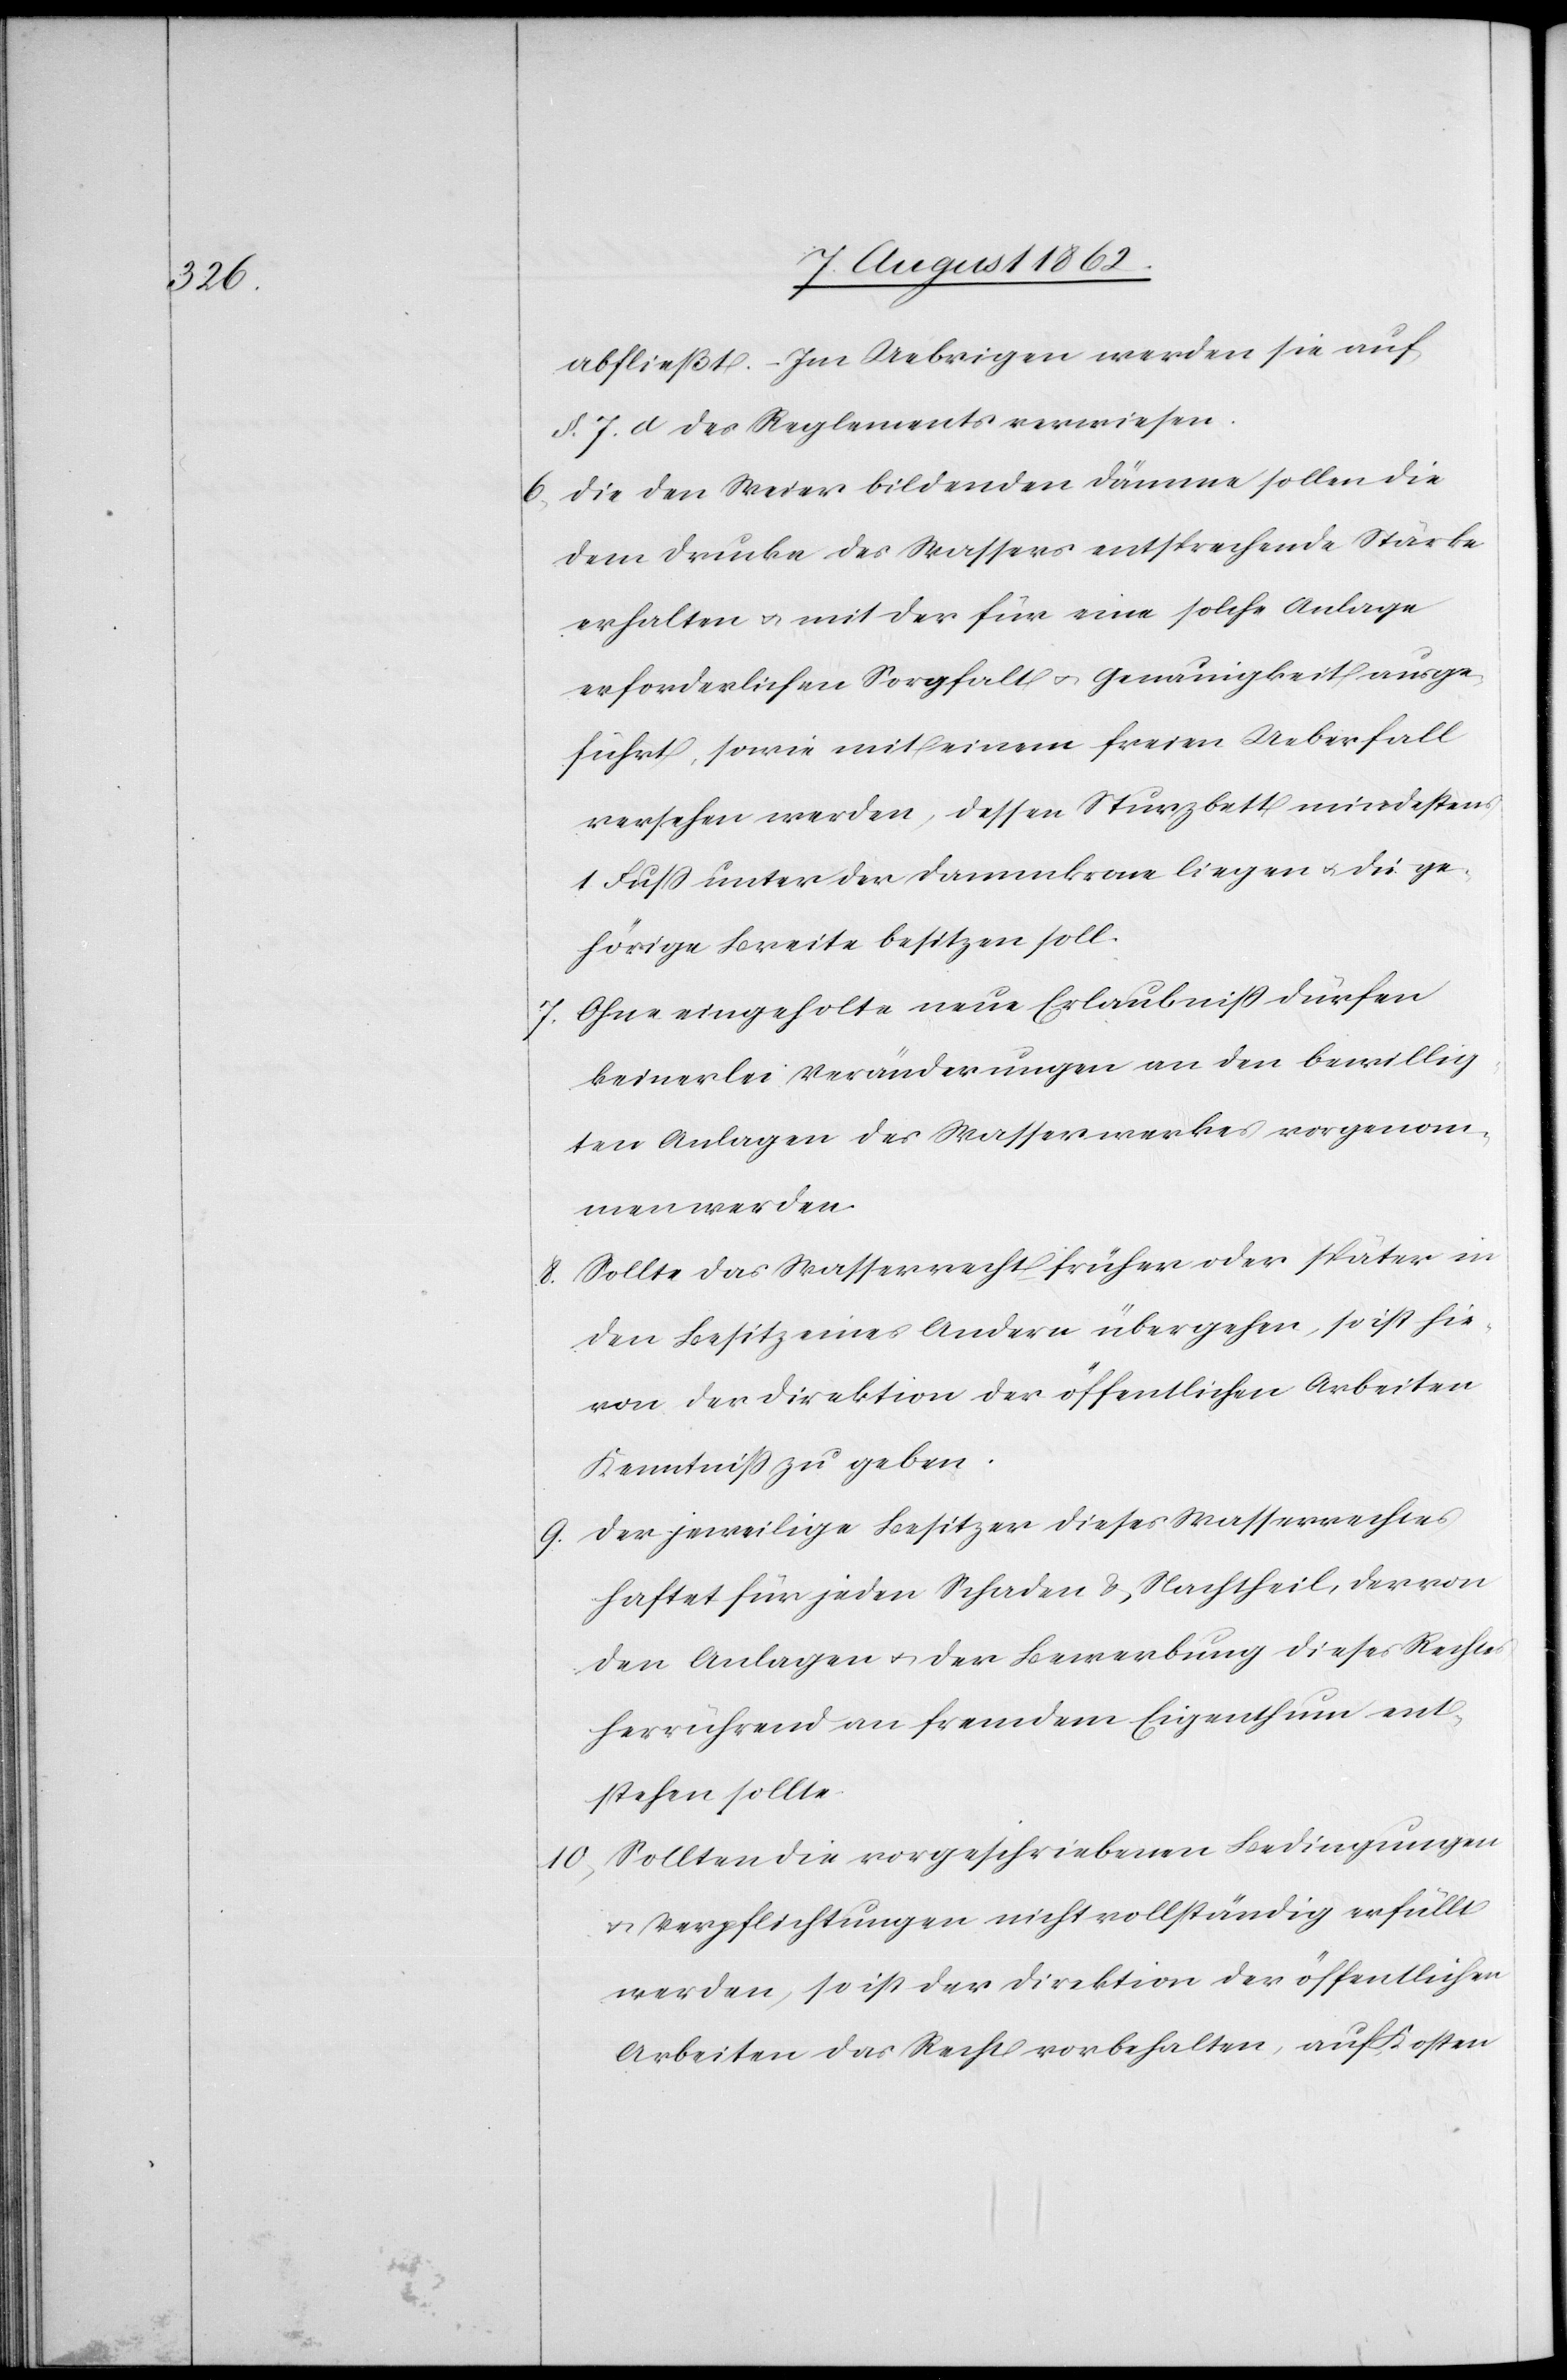
abfließt. Im Uebrigen werden sie auf
§. 7. d des Reglements verwiesen.
6. Die den Weier bildenden Dämme sollen die
dem Drucke des Wassers entsprechende Stärke
erhalten u. mit der für eine solche Anlage
erforderlichen Sorgfalt u. Genauigkeit ausge¬
führt, sowie mit einem freien Ueberfall
versehen werden, dessen Sturzbett mindestens
1 Fuß unter der Dammkrone liegen u. die ge¬
hörige Breite besitzen soll.
7. Ohne eingeholte neue Erlaubniß dürfen
keinerlei Veränderungen an den bewillig¬
ten Anlagen des Wasserwerkes vorgenom¬
men werden.
8. Sollte das Wasserrecht früher oder später in
den Besitz eines Andern übergehen, so ist hie¬
von der Direktion der öffentlichen Arbeiten
Kenntniß zu geben.
9. Der jeweilige Besitzer dieses Wasserrechtes
haftet für jeden Schaden u. Nachtheil, der von
den Anlagen u. der Bewerbung dieses Rechtes
herrührend an fremdem Eigenthum ent¬
stehen sollte.
10. Sollten die vorgeschriebene Bedingungen
u. Verpflichtungen nicht vollständig erfüllt
werden, so ist der Direktion der öffentlichen
Arbeiten das Recht vorbehalten, auf Kosten